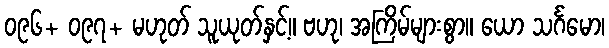
၀၉၆+ ၀၉၇+ မဟုတ် သူယုတ်နှင့်။ ဗဟု၊ အကြိမ်များစွာ။ ယော သင်္ဂမော၊